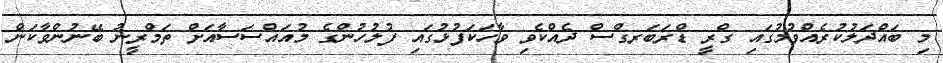
މި ބައްދަލުކުރެއްވުމުގައި ގްރީ ޑްރަބަރގްސް ދެއްކެވި ވާހަކަފުޅުގައި ފުލުހުންގެ މުއައްސަސާއަށް ތަމްރީނު ބޭނުންވާކަން